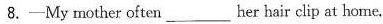
8.-My mother often ____ her hair clip at home.